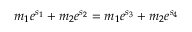
m _ { 1 } e ^ { s _ { 1 } } + m _ { 2 } e ^ { s _ { 2 } } = m _ { 1 } e ^ { s _ { 3 } } + m _ { 2 } e ^ { s _ { 4 } }